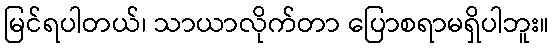
မြင်ရပါတယ်၊ သာယာလိုက်တာ ပြောစရာမရှိပါဘူး။